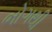
ભોગથી